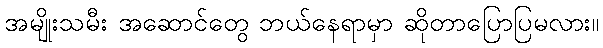
အမျိုးသမီး အဆောင်တွေ ဘယ်နေရာမှာ ဆိုတာပြောပြမလား။